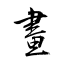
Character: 畫